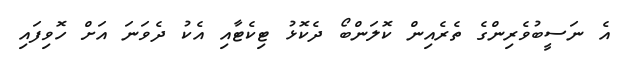
އެ ނަސީބުވެރިންގެ ތެރެއިން ކޮލަންބޯ ދެކޮޅު ޓިކެޓާއި އެކު ދެވަނަ އަށް ހޮވިފައި